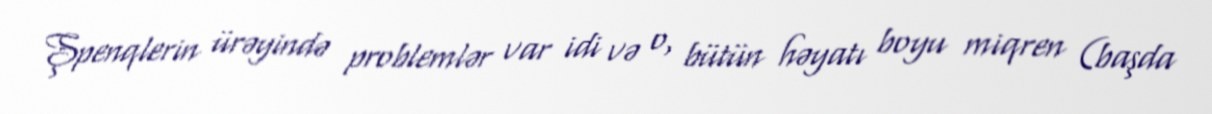
Şpenqlerin ürəyində problemlər var idi və o, bütün həyatı boyu miqren (başda